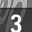
Digit: 3